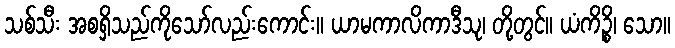
သစ်သီး အစရှိသည်ကိုသော်လည်းကောင်း။ ယာမကာလိကာဒီသု၊ တို့တွင်။ ယံကိဉ္စိ၊ သော။